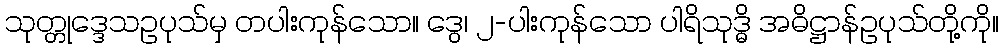
သုတ္တုဒ္ဒေသဥပုသ်မှ တပါးကုန်သော။ ဒွေ၊ ၂-ပါးကုန်သော ပါရိသုဒ္ဓိ အဓိဋ္ဌာန်ဥပုသ်တို့ကို။